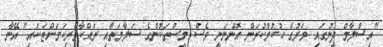
"އިސްލާމް ދީނުގައި މަރުގެ ހުކުމްކުރަން އޮންނަނީ ވެސް މީސްތަކުންގެ ސަލާމަތާއި ރައްކާތެރިކަމަށްޓަކައި" އޭނާ